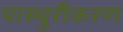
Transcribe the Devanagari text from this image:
पास्चुरीकरण